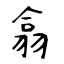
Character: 翕